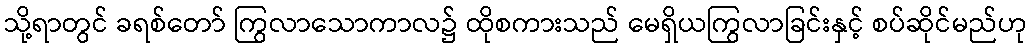
သို့ရာတွင် ခရစ်တော် ကြွလာသောကာလ၌ ထိုစကားသည် မေရှိယကြွလာခြင်းနှင့် စပ်ဆိုင်မည်ဟု